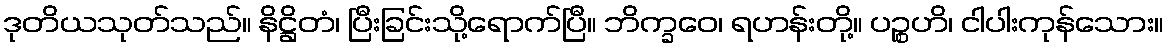
ဒုတိယသုတ်သည်။ နိဋ္ဌိတံ၊ ပြီးခြင်းသို့ရောက်ပြီ။ ဘိက္ခဝေ၊ ရဟန်းတို့။ ပဉ္စဟိ၊ ငါပါးကုန်သေား။